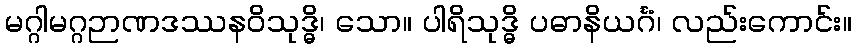
မဂ္ဂါမဂ္ဂဉာဏဒဿနဝိသုဒ္ဓိ၊ သော။ ပါရိသုဒ္ဓိ ပဓာနိယင်္ဂံ၊ လည်းကောင်း။